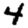
Digit: 4